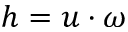
h = u \cdot \omega